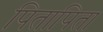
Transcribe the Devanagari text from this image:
पितापिता